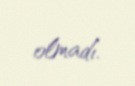
olmadı.